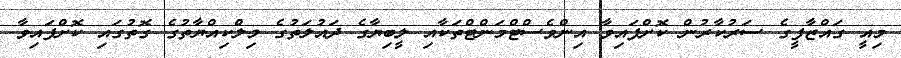
މިއީ ގައްޒާފީގެ ސަރުކާރުން ކޮށްފައިވާ އިންވެސްޓްމަންޓްތަކާއި ލީބިޔާގެ ދައުލަތުގެ މިލްކިއްޔާތުގެ ގޮތުގައި ކޮށްފައިވާ